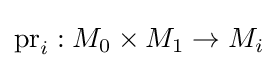
\mathrm {pr} _{i}:M_{0}\times M_{1}\to M_{i}